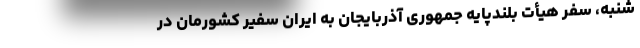
شنبه، سفر هیأت بلندپایه جمهوری آذربایجان به ایران سفیر کشورمان در